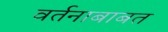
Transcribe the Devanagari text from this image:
वर्तनाबाबत